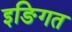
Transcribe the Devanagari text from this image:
इङिगत